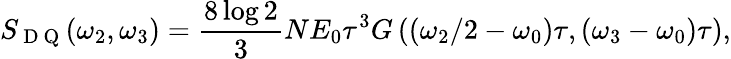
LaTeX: S_{\mathrm{~D~Q~}}(\omega_{2},\omega_{3})=\frac{8\log 2}{3}NE_{0}\tau^{3}G\left(\left(\omega_{2}/2-\omega_{0}\right)\tau,\left(\omega_{3}-\omega_{0}\right)\tau\right),